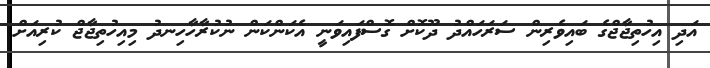
އަދި އިހުތިޖާޖްގެ ބައިވެރިން ސަރަހައްދު ދޫކޮށް ގޮސްފައިވަނީ އެކަންކަން ނުކުރާހާހިނދު މިއިހުތިޖާޖް ކުރިއަށް